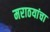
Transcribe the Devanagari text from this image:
मराठयांचा